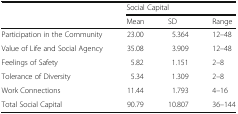
| <ROWSPAN=2>  | <COLSPAN=3> Social Capital |
 | Mean | SD | Range |
 | --- | --- | --- | --- |
 | Participation in the Community | 23.00 | 5.364 | 12–48 |
 | Value of Life and Social Agency | 35.08 | 3.909 | 12–48 |
 | Feelings of Safety | 5.82 | 1.151 | 2–8 |
 | Tolerance of Diversity | 5.34 | 1.309 | 2–8 |
 | Work Connections | 11.44 | 1.793 | 4–16 |
 | Total Social Capital | 90.79 | 10.807 | 36–144 |